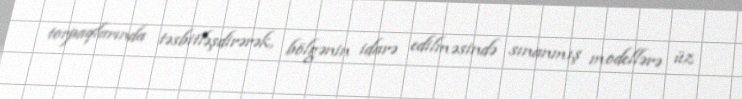
torpaqlarında təsbitləşdirərək, bölgənin idarə edilməsində sınanmış modellərə üz